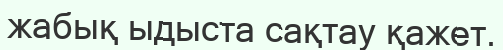
жабық ыдыста сақтау қажет.